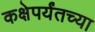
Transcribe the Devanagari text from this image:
कक्षेपर्यंतच्या